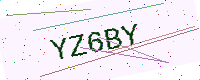
Text: YZ6BY